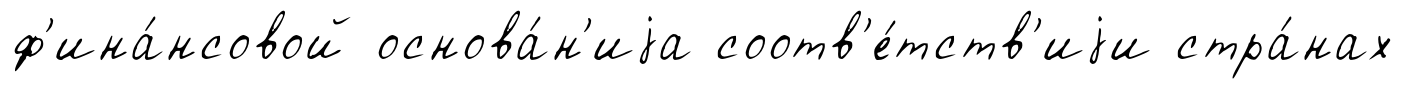
ф'ина́нсовой основа́н'иjа соотв'е́тств'иjи стра́нах